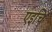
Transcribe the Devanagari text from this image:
एइचि